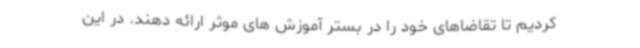
کردیم تا تقاضاهای خود را در بستر آموزش های موثر ارائه دهند. در این